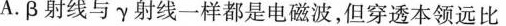
A.β射线与γ射线一样都是电磁波，但穿透本领远比